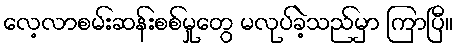
လေ့လာစမ်းဆန်းစစ်မှုတွေ မလုပ်ခဲ့သည်မှာ ကြာပြီ။